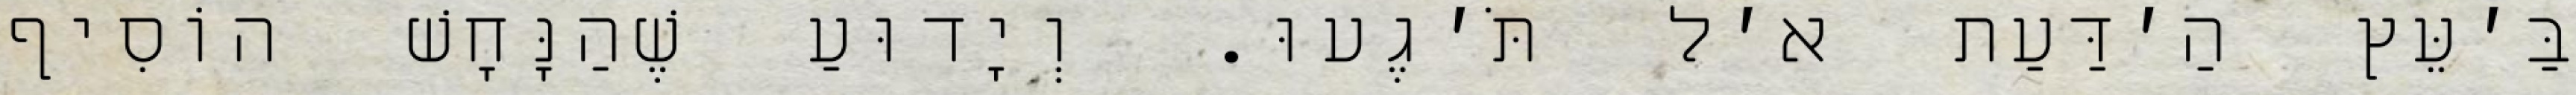
בַּ׳עֵּץ הַ׳דַּעַת א׳ל תֹּ׳גֶעוּ. וְיָדוּעַ שֶׁהַנָּחָשׁ הוֹסִיף